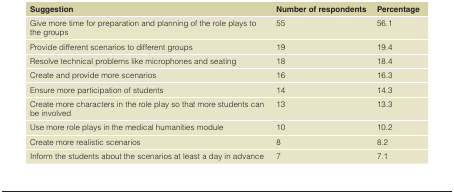
<table><thead><tr><td><b>Suggestion</b></td><td><b>Number ofrespondents</b></td><td><b>Percentage</b></td></tr></thead><tbody><tr><td>Give more time for preparation and planning of the role plays to the groups</td><td>55</td><td>56.1</td></tr><tr><td>Provide different scenarios to different groups</td><td>19</td><td>19.4</td></tr><tr><td>Resolve technical problems like microphones and seating</td><td>18</td><td>18.4</td></tr><tr><td>Create and provide more scenarios</td><td>16</td><td>16.3</td></tr><tr><td>Ensure more participation of students</td><td>14</td><td>14.3</td></tr><tr><td>Create more characters in the role play so that more students can be involved</td><td>13</td><td>13.3</td></tr><tr><td>Use more role plays in the medical humanities module</td><td>10</td><td>10.2</td></tr><tr><td>Create more realistic scenarios</td><td>8</td><td>8.2</td></tr><tr><td>Inform the students about the scenarios at least a day in advance</td><td>7</td><td>7.1</td></tr></tbody></table>